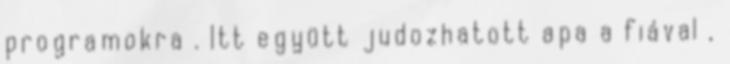
programokra . Itt együtt judozhatott apa a fiával ,